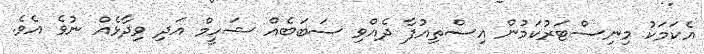
އެކަމަކު މިނިސްޓަރުކަމުން އިސްތިއުފާ ދެއްވި ސަބަބެއް ޝަހީމް އަދި ވިދާޅެއް ނުވެ އެވެ.